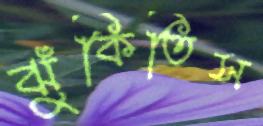
ঝুঁকিতিস